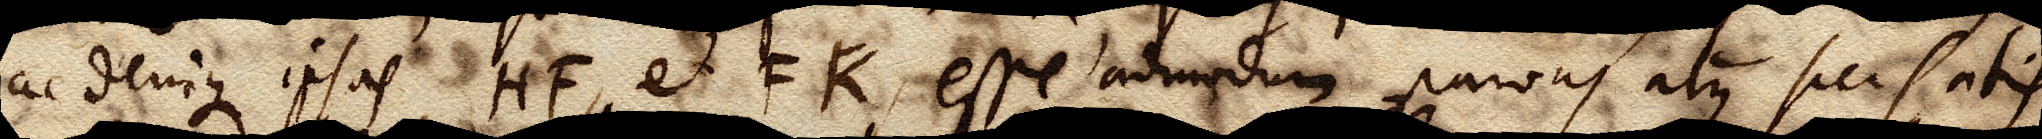
ac denique ipsas HF, et FK esse admodum parvas atque sic satis